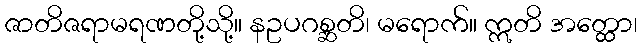
ဇာတိဇရာမရဏတို့သို့။ နဥပဂစ္ဆတိ၊ မရောက်။ ဣတိ အတ္ထော၊